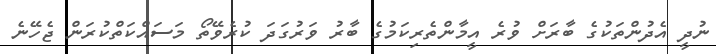
ނުދީ އެދުންތަކުގެ ބާރަށް ވުރެ އީމާންތެރިކަމުގެ ބާރު ވަރުގަދަ ކުރެވޭތޯ މަސައްކަތްކުރަން ޖެހޭނެ